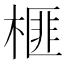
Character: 榧